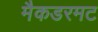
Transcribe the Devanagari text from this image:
मैकडरमट